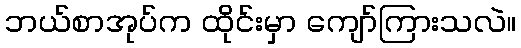
ဘယ်စာအုပ်က ထိုင်းမှာ ကျော်ကြားသလဲ။